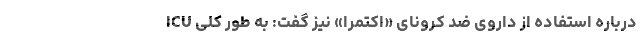
ICU درباره استفاده از داروی ضد کرونای «اکتمرا» نیز گفت: به طور کلی